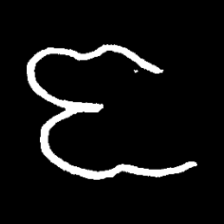
Pyu character \u2014 Myanmar letter: ဇ (romanized: ja)